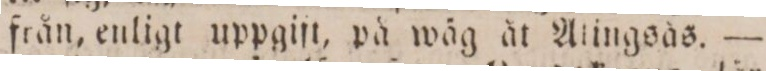
från, enligt uppgiſt, på wåg åt Atingsås. —